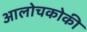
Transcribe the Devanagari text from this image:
आलोचकोकी